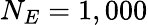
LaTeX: N_{E}=1,000